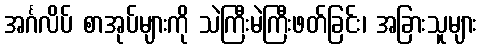
အင်္ဂလိပ် စာအုပ်များကို သဲကြီးမဲကြီးဖတ်ခြင်း၊ အခြားသူများ